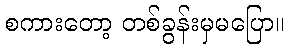
စကားတော့ တစ်ခွန်းမှမပြော။